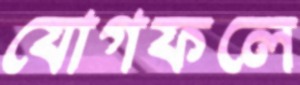
যোগফলে